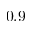
0 . 9